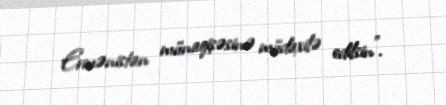
Ermənistan münaqişəsinə müdaxilə edilsin”.